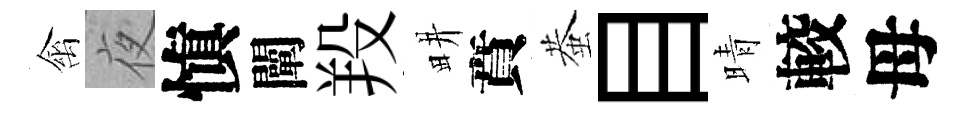
禽夜愼闡羖畊賁蛬目晴較母